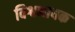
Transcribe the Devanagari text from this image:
विश्वनायक